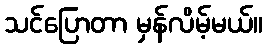
သင်ပြောတာ မှန်လိမ့်မယ်။